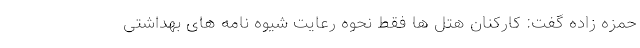
حمزه زاده گفت: کارکنان هتل ها فقط نحوه رعایت شیوه نامه های بهداشتی